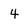
Character: 4